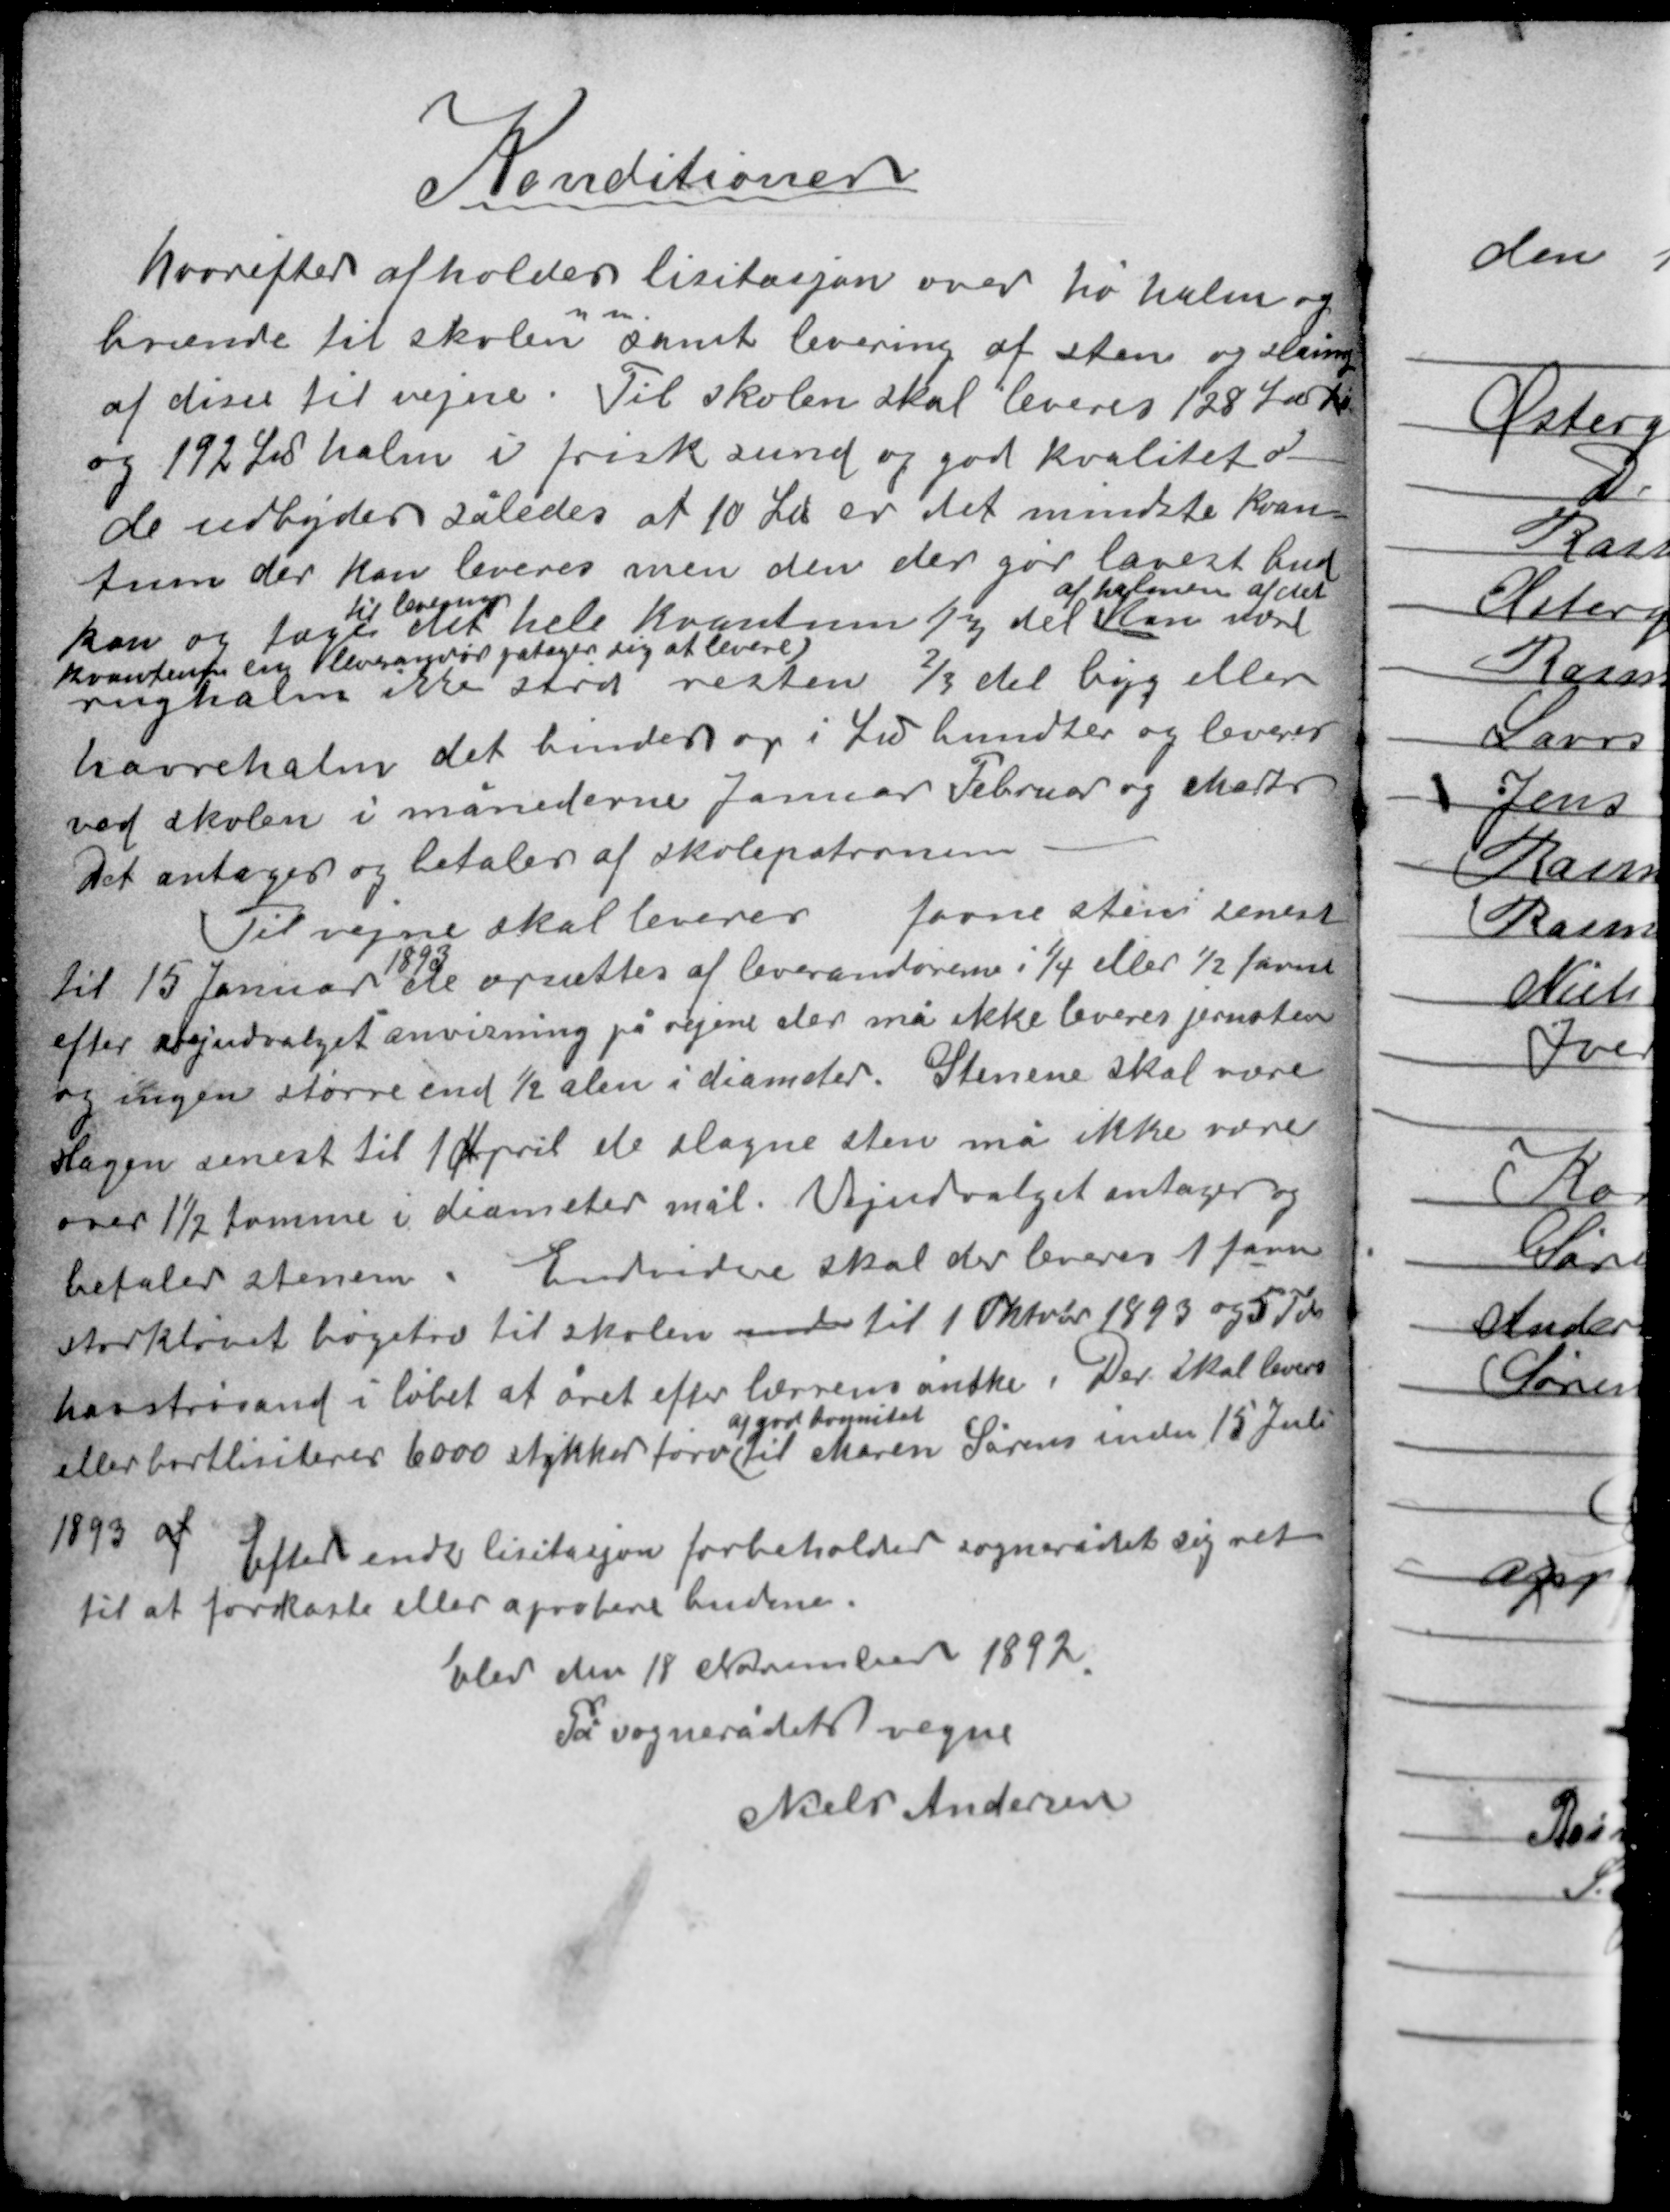
Transskription:
Konditioner

hvorefter afholdes lisitasjon over hø halm og
m.m.
brænde til skolen samt levering af sten og slåning
af disse til vejene. Til skolen skal leveres 128 ℔ hø
og 192 ℔ halm i frisk sund og god kvalitet
de udbydes således at 10 ℔ er det mindste kvan-
tum der kan leveres men den der gør lavest bud
af halmen af det
til levering
kan og tage det hele kvantum1/3 del kan være
kvantum en leverandør påtager sig at levere
rughalm ikke strid resten 2/3 del byg eller
havrehalm det bindes op i ℔ bundter og leveres
ved skolen i månederne Januar Februar og Marts.
Det antages og betales af skolepatronen.

Til vejene skal leveres favne sten senest
1893
til 15 Januar de opsættes af leverandørerne i 1/4 eller ½ favne
efter vejduvalgets anvisning på vejene der må ikke leveres jernsten
og ingen større end ½ alen i diameter. Stenene skal være
slagen senest til 1 April de slagne sten må ikke være
over 1½ tomme i diameter mål. Vejudvalget antager og
betaler stenene. Endvidere skal der leveres 1 favne
storkløvet bøgetræ til skolen inden til 1 Oktober 1893 og 5 Td
havstrøsand i løbet af året efter lærrens ønske. Der skal leveres
af god bonnitet
eller bortlisiteres 6000 stykker tørv til Maren Sørens inden 15 Juli
1893 af
Efter endt lisitasjon forbeholder sognerådet sig ret
til at forkaste eller aprobere budene.

Elev den 18 November 1892
På sognerådets vegne
Niels Andersen